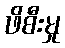
ဖိစီးမှု